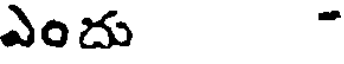
ఎందు -